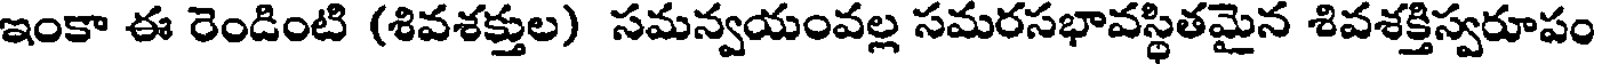
ఇంకా ఈ రెండింటి (శివశక్తుల) సమన్వయంవల్ల సమరసభావస్థితమైన శివశక్తిస్వరూపం